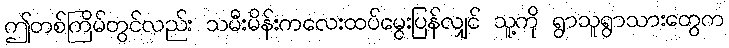
ဤတစ်ကြိမ်တွင်လည်း သမီးမိန်းကလေးထပ်မွေးပြန်လျှင် သူ့ကို ရွာသူရွာသားတွေက